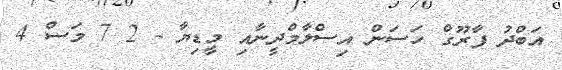
އަބްދު ފާރޫގް ހަސަން އިސްލާމްދީނާއި މީޑިޔާ - 2 7 މަސް 4